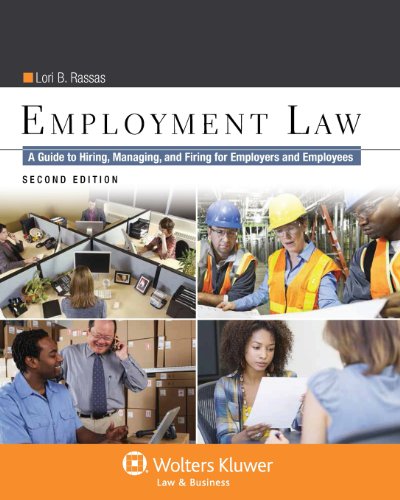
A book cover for Employment Law: A Guide to Hiring, Managing, and Firing for Employers and Employees, Second Edition; Lori B. Rassas; Law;